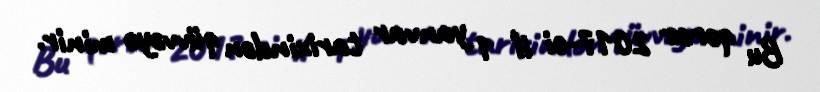
Bu qərar 2017-ci il 1 yanvar tarixindən qüvvəyə minir.